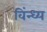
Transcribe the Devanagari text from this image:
विंन्ध्य